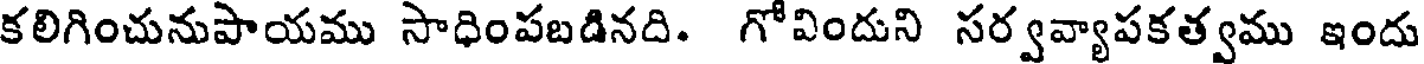
కలిగించునుపాయము సాధింపబడినది. గోవిందుని సర్వవ్యాపకత్వము ఇందు